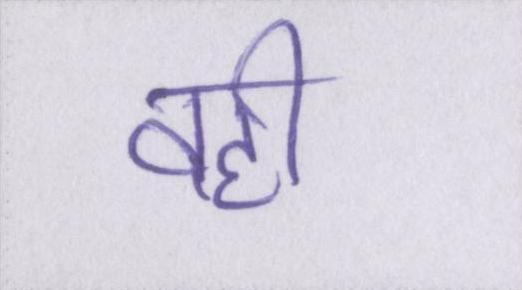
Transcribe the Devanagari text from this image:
वही